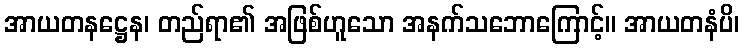
အာယတနဋ္ဌေန၊ တည်ရာ၏ အဖြစ်ဟူသော အနက်သဘောကြောင့်။ အာယတနံပိ၊